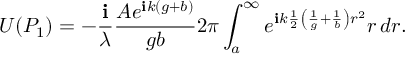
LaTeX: U ( P _ { 1 } ) = - { \frac { \mathbf { i } } { \lambda } } { \frac { A e ^ { \mathbf { i } k ( g + b ) } } { g b } } 2 \pi \int _ { a } ^ { \infty } e ^ { \mathbf { i } k { \frac { 1 } { 2 } } \left( { \frac { 1 } { g } } + { \frac { 1 } { b } } \right) r ^ { 2 } } r \, d r .